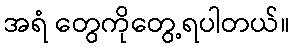
အရံ တွေကိုတွေ့ရပါတယ်။